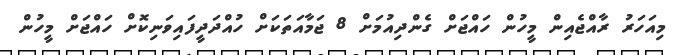
މިއަހަރު ރާއްޖެއިން މީހުން ހައްޖަށް ގެންދިއުމަށް 8 ޖަމާއަތަކަށް ހުއްދަދީފައިވަނިކޮށް ހައްޖަށް މީހުން